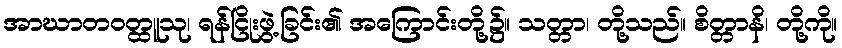
အာဃာတဝတ္ထူသု၊ ရန်ငြိုးဖွဲ့ခြင်း၏ အကြောင်းတို့၌။ သတ္တာ၊ တို့သည်။ စိတ္တာနိ၊ တို့ကို။